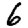
Digit: 6